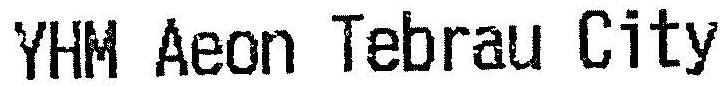
YHM AEON TEBRAU CITY